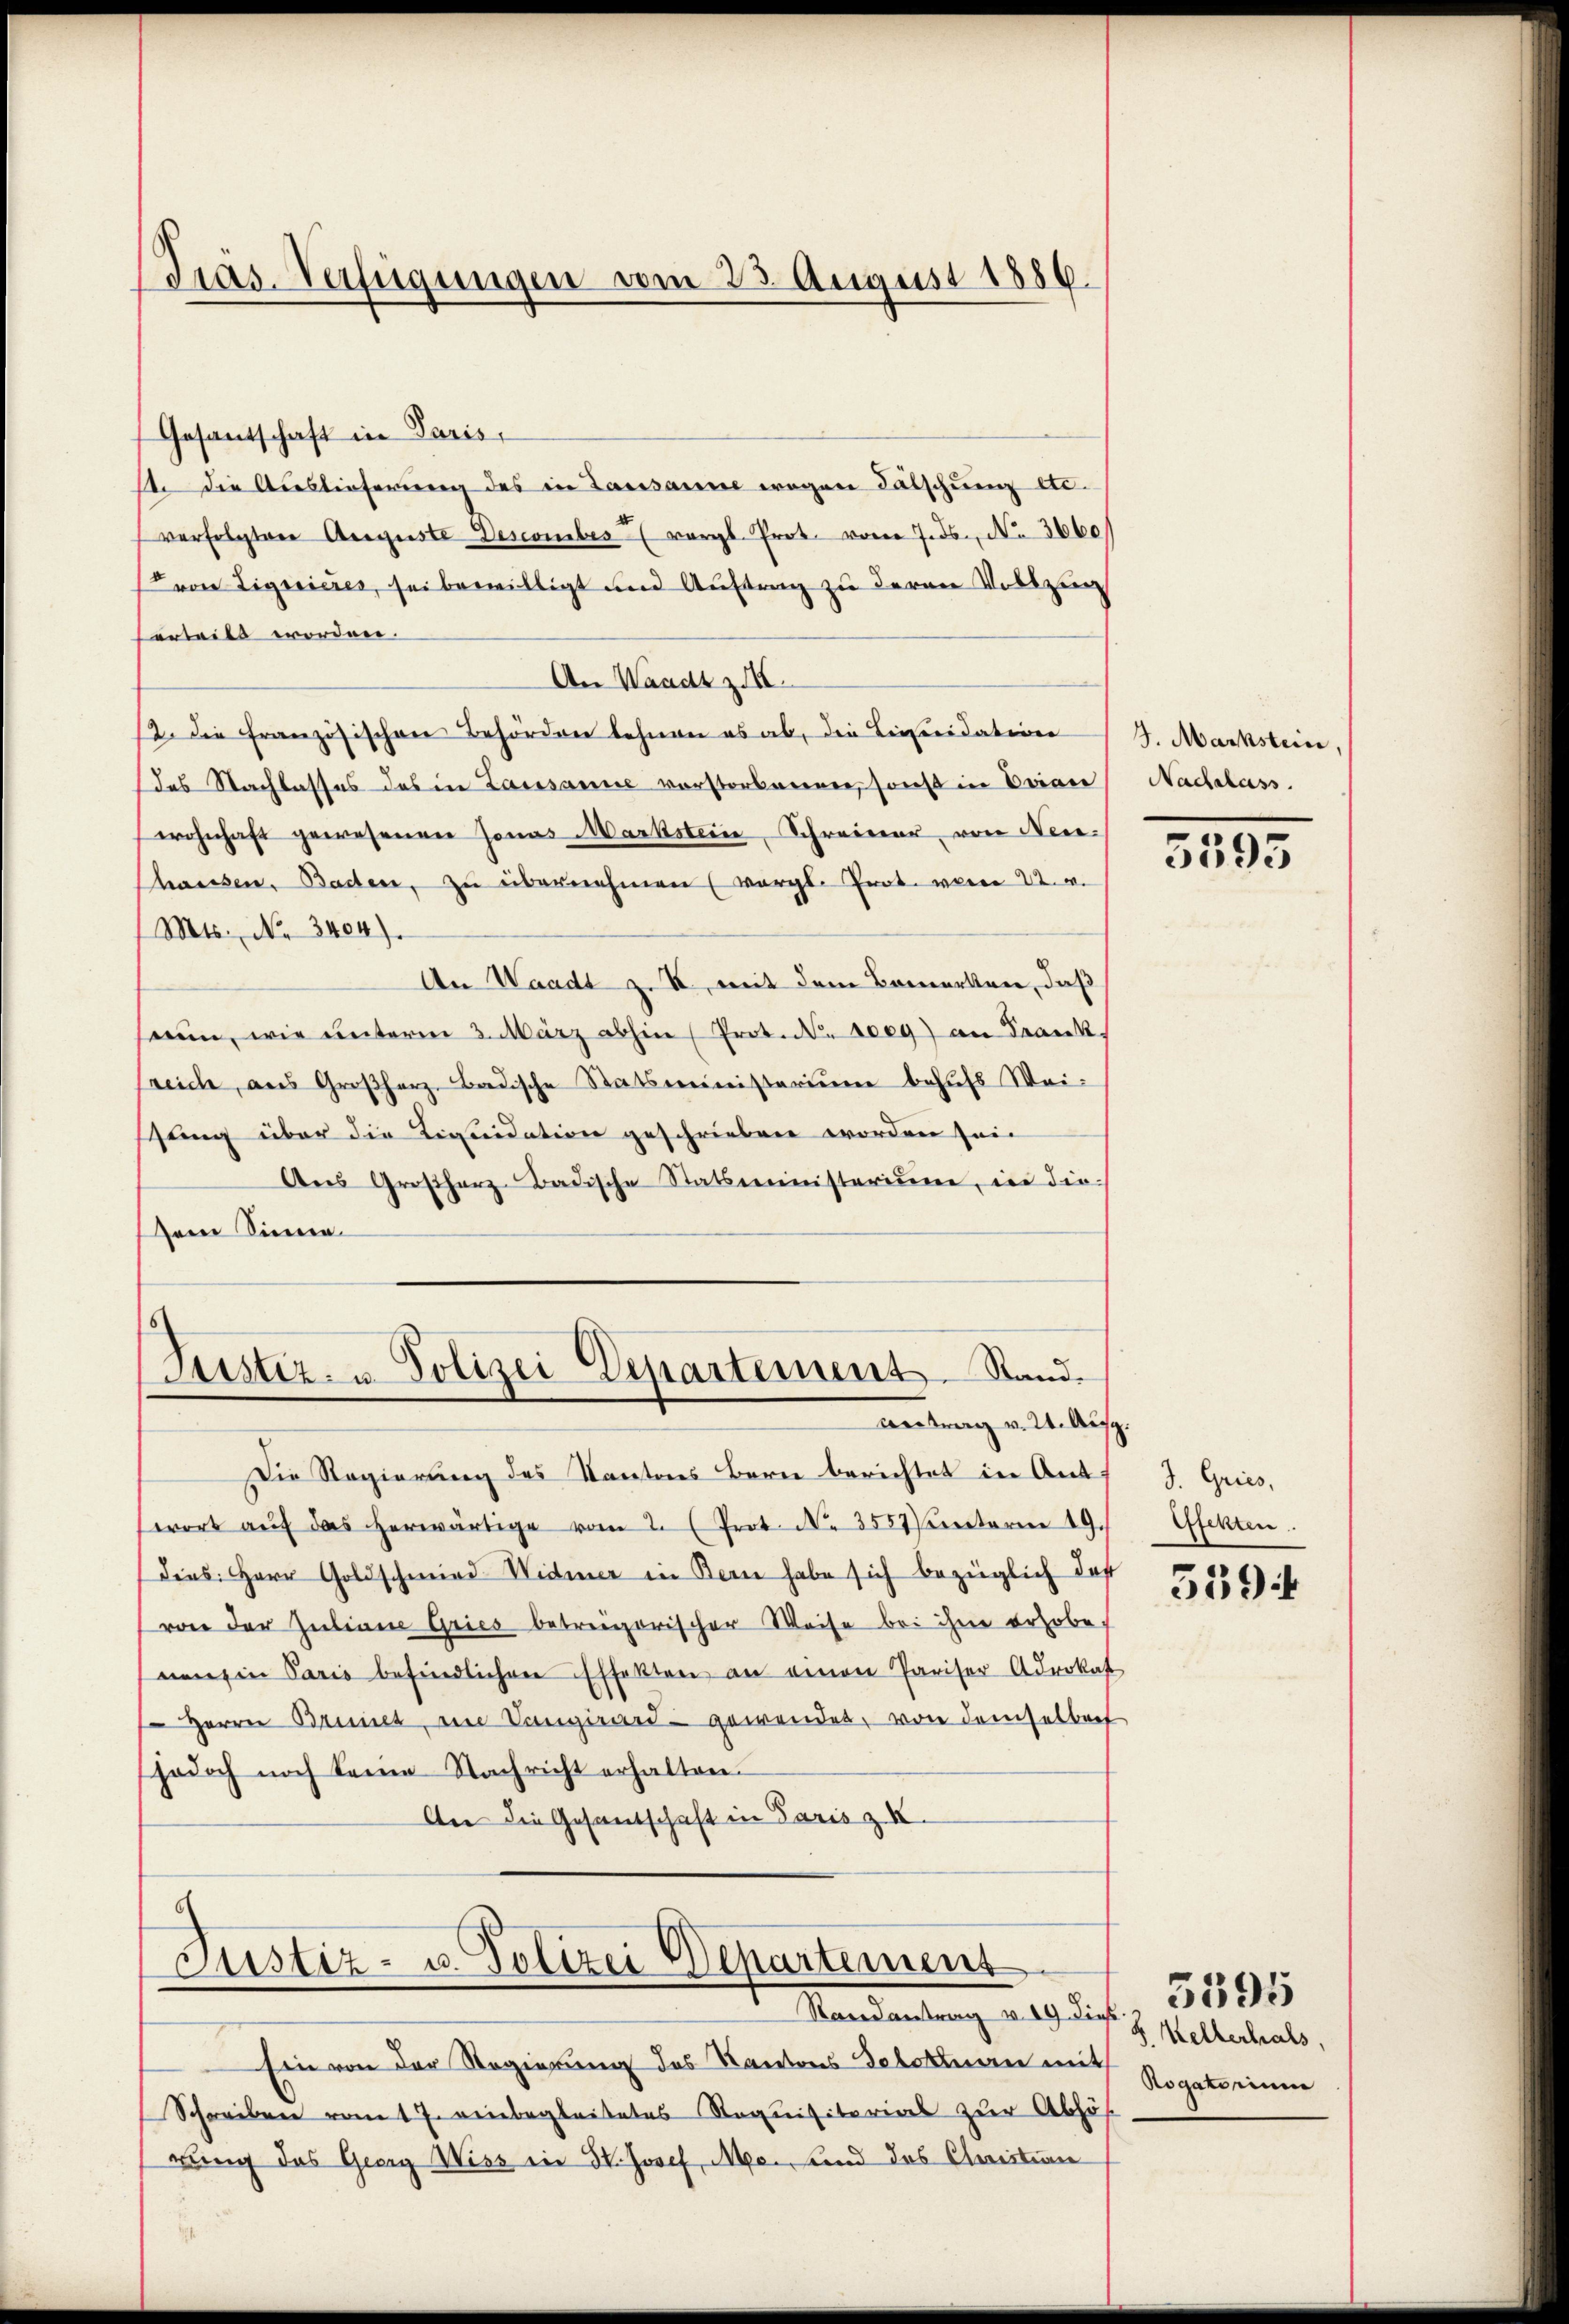
Pras-Verfügungen vom 25. August 1886.

Gesandschaft in Paris,
1. Die Auslieferung des in Lausanne wegen Fälschung etc.
verfolgtere Auguste Descomibes vergl. Prot. von Jos. No 3660
von Liquieres, sei bewilligt und Auftrag zu deren Vollzi
erteilt worden.
An Waadt z.
12. Die Französischen Behörden lehnen es ab, die Licenidatiren
des Nachlasses des in Lausanne vorstorbenen, sonst in Bran
wohnhaft gewesenen Jonas Markstein Schreiner von Neu¬
Chaussen, Baden, zu übernehmen (vergl. Prot. vom 22. v.
(Mts. No. 3404).
An Waadt z. K. mit dem Bemerken, daß
serin, wie ŭnterm 3. März abhin (Prot. N. 1009) an Frankreich, aus Großherz, Badische Statsministerium behufs Weitling über die Liquidation geschrieben worden sein
Aŭs Großherz-Badische Statsministerium, in die
Dein Sinne.
Justiz- u. Polizei Departement Stand.
antrag v. 24. Aus
Die Regierung des Kantons Bern berichtet in Ant
swort aŭf das herwärtige vom 2. (Prot. N. 3557 unterm 19.
dies: Herr Goldschmied Widmer in Bern habe sich bezüglich doch
von der Zŭliane Gries betreigorischer Weise bei ihme erhobe
nenz in Paris befindlichen Effekten an einen Pariser Advokat
" Herrn Brinet, in Vangirard- gewenden, von demselbert
jodoch noch keine Nachricht erhalten.
An die Gesandschaft in Paris z II.

¬
Justiz- u. Polizei-Departement

Randantrag v. 19. dies
Ein von der Regierung des Kantons Geboten mit Rogat einen
Schreiben vom 17. reinbegleitetes Requisitorial zur Abhös
rung des Georg Wiss ein St. Josef Mo. sind das Christian

4. Markstein,
Nachalass

5595

z.
J. Gries,
Pfekten.

5594

8. Kellerhals

5595